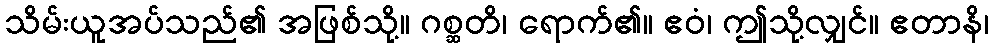
သိမ်းယူအပ်သည်၏ အဖြစ်သို့။ ဂစ္ဆတိ၊ ရောက်၏။ ဧဝံ၊ ဤသို့လျှင်။ ဧတာနိ၊